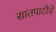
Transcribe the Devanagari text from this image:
सातपाटीचे